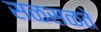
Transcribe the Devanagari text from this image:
सळसळते